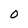
Character: 0